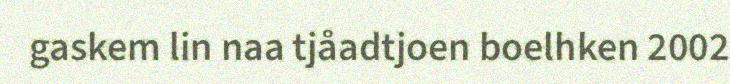
gaskem lin naa tjåadtjoen boelhken 2002